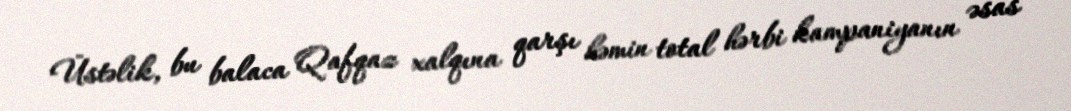
Üstəlik, bu balaca Qafqaz xalqına qarşı həmin total hərbi kampaniyanın əsas